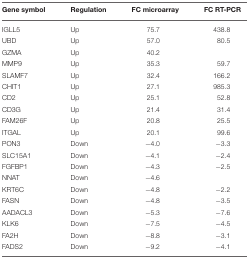
<table><thead><tr><td><b>Gene symbol</b></td><td><b>Regulation</b></td><td><b>FC microarray</b></td><td><b>FC RT-PCR</b></td></tr></thead><tbody><tr><td>IGLL5</td><td>Up</td><td>75.7</td><td>438.8</td></tr><tr><td>UBD</td><td>Up</td><td>57.0</td><td>80.5</td></tr><tr><td>GZMA</td><td>Up</td><td>40.2</td><td>[EMPTY_CELL]</td></tr><tr><td>MMP9</td><td>Up</td><td>35.3</td><td>59.7</td></tr><tr><td>SLAMF7</td><td>Up</td><td>32.4</td><td>166.2</td></tr><tr><td>CHIT1</td><td>Up</td><td>27.1</td><td>985.3</td></tr><tr><td>CD2</td><td>Up</td><td>25.1</td><td>52.8</td></tr><tr><td>CD3G</td><td>Up</td><td>21.4</td><td>31.4</td></tr><tr><td>FAM26F</td><td>Up</td><td>20.8</td><td>25.5</td></tr><tr><td>ITGAL</td><td>Up</td><td>20.1</td><td>99.6</td></tr><tr><td>PON3</td><td>Down</td><td>−4.0</td><td>−3.3</td></tr><tr><td>SLC15A1</td><td>Down</td><td>−4.1</td><td>−2.4</td></tr><tr><td>FGFBP1</td><td>Down</td><td>−4.3</td><td>−2.5</td></tr><tr><td>NNAT</td><td>Down</td><td>−4.6</td><td>[EMPTY_CELL]</td></tr><tr><td>KRT6C</td><td>Down</td><td>−4.8</td><td>−2.2</td></tr><tr><td>FASN</td><td>Down</td><td>−4.8</td><td>−3.5</td></tr><tr><td>AADACL3</td><td>Down</td><td>−5.3</td><td>−7.6</td></tr><tr><td>KLK6</td><td>Down</td><td>−7.5</td><td>−4.5</td></tr><tr><td>FA2H</td><td>Down</td><td>−8.8</td><td>−3.1</td></tr><tr><td>FADS2</td><td>Down</td><td>−9.2</td><td>−4.1</td></tr></tbody></table>